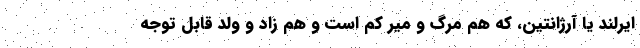
ایرلند یا آرژانتین، که هم مرگ و میر کم است و هم زاد و ولد قابل توجه